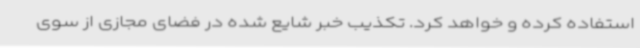
استفاده کرده و خواهد کرد. تکذیب خبر شایع شده در فضای مجازی از سوی